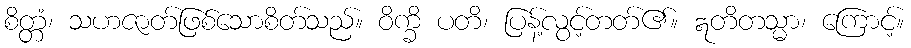
စိတ္တံ၊ သဟဇာတ်ဖြစ်သောစိတ်သည်။ ဝိက္ခိ ပတိ၊ ပြန့်လွင့်တတ်၏။ ဣတိတသ္မာ၊ ကြောင့်။